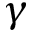
\gamma